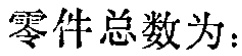
零件总数为：